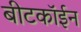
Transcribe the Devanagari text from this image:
बीटकॉईन